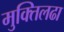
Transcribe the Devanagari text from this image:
मुक्तिलढा